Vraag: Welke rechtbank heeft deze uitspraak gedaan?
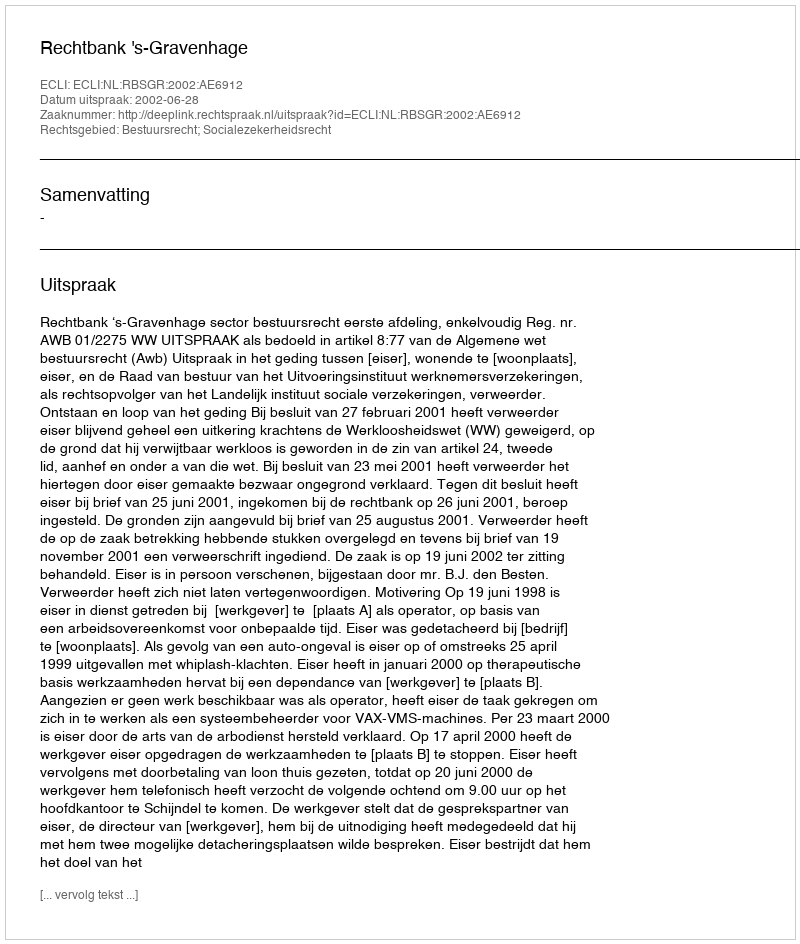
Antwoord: Rechtbank 's-Gravenhage